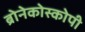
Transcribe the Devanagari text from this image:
ब्रोनेकोस्कोपी